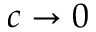
c \rightarrow 0